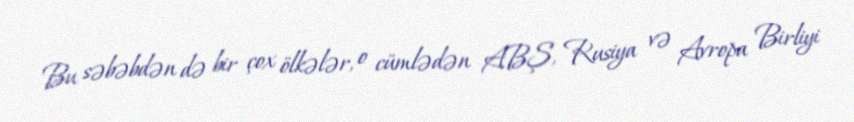
Bu səbəbdən də bir çox ölkələr, o cümlədən ABŞ, Rusiya və Avropa Birliyi